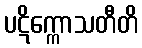
ပဋိက္ကောသတီတိ